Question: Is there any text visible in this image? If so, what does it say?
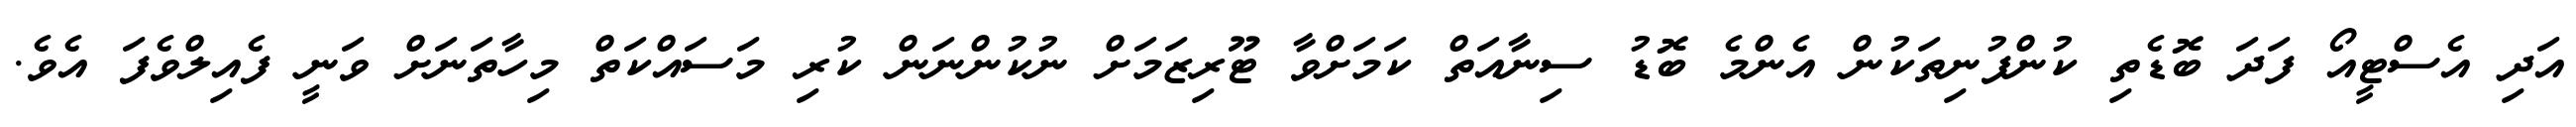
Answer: އަދި އެސްޓީއޯ ފަދަ ބޮޑެތި ކުންފުނިތަކުން އެންމެ ބޮޑު ސިނާއަތް ކަމަށްވާ ޓޫރިޒަމަށް ނުކުންނަން ކުރި މަސައްކަތް މިހާތަނަށް ވަނީ ފެއިލްވެފަ އެވެ.